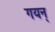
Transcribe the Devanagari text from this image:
गयन्